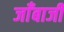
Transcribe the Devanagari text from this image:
जाँबाजी